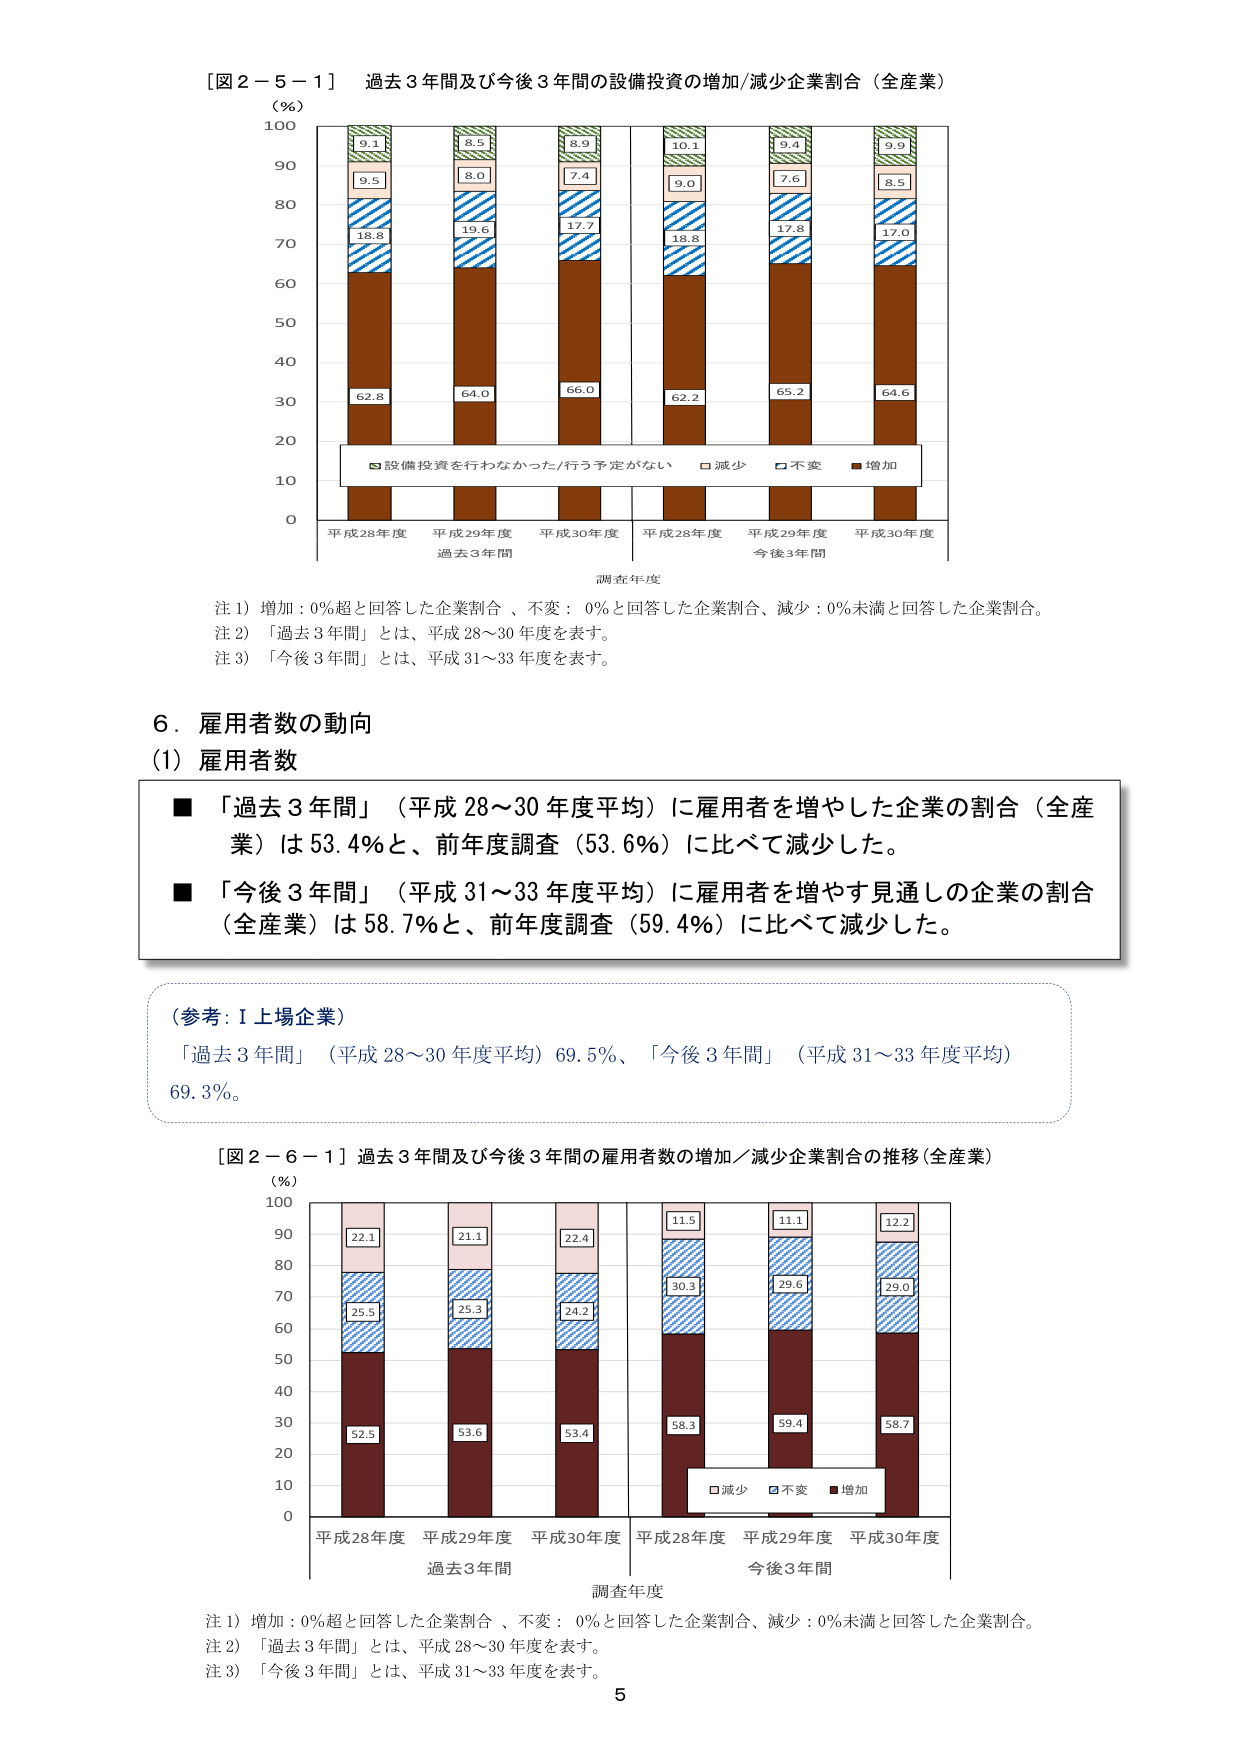
［図２－５－１］ 過去３年間及び今後３年間の設備投資の増加/減少企業割合（全産業）
（％）
100
90
80
70
60
50
40
30
20
10
0
5.1
9.5
18.8
62.8
8.5
8.0
19.6
64.0
8.9
7.4
17.7
66.0
10.1
9.0
18.8
62.2
9.4
7.6
17.8
65.2
9.9
8.5
17.0
64.6
設備投資を行わなかった/行う予定がない □減少 □不変 ■増加
平成28年度 平成29年度 平成30年度 平成28年度 平成29年度 平成30年度
過去3年間 今後3年間
調査年度
注1）増加：0％超と回答した企業割合、不変：0％と回答した企業割合、減少：0％未満と回答した企業割合。
注2）「過去3年間」とは、平成28～30年度を表す。
注3）「今後3年間」とは、平成31～33年度を表す。

6．雇用者数の動向
（1）雇用者数
■「過去3年間」（平成28～30年度平均）に雇用者を増やした企業の割合（全産業）は53.4％と、前年度調査（53.6％）に比べて減少した。
■「今後3年間」（平成31～33年度平均）に雇用者を増やす見通しの企業の割合（全産業）は58.7％と、前年度調査（59.4％）に比べて減少した。

（参考：I上場企業）
「過去3年間」（平成28～30年度平均）69.5％、「今後3年間」（平成31～33年度平均）69.3％。

［図２－６－１］過去3年間及び今後3年間の雇用者数の増加／減少企業割合の推移（全産業）
（％）
100
90
80
70
60
50
40
30
20
10
0
22.1
25.5
52.5
21.1
25.3
53.6
22.4
24.2
53.4
11.5
30.3
58.3
11.1
29.6
59.4
12.2
29.0
58.7
□減少 □不変 ■増加
平成28年度 平成29年度 平成30年度 平成28年度 平成29年度 平成30年度
過去3年間 今後3年間
調査年度
注1）増加：0％超と回答した企業割合、不変：0％と回答した企業割合、減少：0％未満と回答した企業割合。
注2）「過去3年間」とは、平成28～30年度を表す。
注3）「今後3年間」とは、平成31～33年度を表す。
5